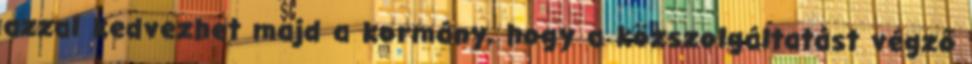
azzal kedvezhet majd a kormány, hogy a közszolgáltatást végző